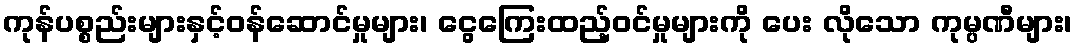
ကုန်ပစ္စည်းများနှင့်ဝန်ဆောင်မှုများ၊ ငွေကြေးထည့်ဝင်မှုများကို ပေး လိုသော ကုမ္ပဏီများ၊